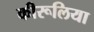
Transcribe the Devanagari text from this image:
कीरूलिया